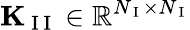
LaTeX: \mathbf{K}_{\mathrm{~I~I~}}\in\mathbb{R}^{N_{\mathrm{~I~}}\times N_{\mathrm{~I~}}}